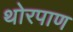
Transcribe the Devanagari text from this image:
थोरपाण